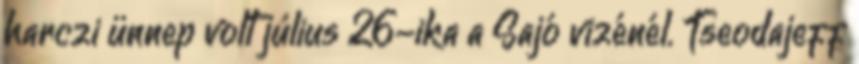
harczi ünnep volt július 26-ika a Sajó vizénél. Tseodajeff